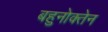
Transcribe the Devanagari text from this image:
बहुनोक्तेन